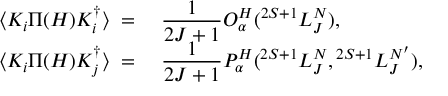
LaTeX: \begin{array} { r l } { { \langle { \cal K } _ { i } \Pi ( H ) { \cal K } _ { i } ^ { \dagger } \rangle \; = \; } } & { { { \displaystyle { \frac { 1 } { 2 J + 1 } } } { \cal O } _ { \alpha } ^ { H } ( { } ^ { 2 S + 1 } L _ { J } ^ { N } ) , } } \\ { { \langle { \cal K } _ { i } \Pi ( H ) { \cal K } _ { j } ^ { \dagger } \rangle \; = \; } } & { { { \displaystyle { \frac { 1 } { 2 J + 1 } } } { \cal P } _ { \alpha } ^ { H } ( { } ^ { 2 S + 1 } L _ { J } ^ { N } , { } ^ { 2 S + 1 } L _ { J } ^ { N ^ { \prime } } ) , } } \end{array}